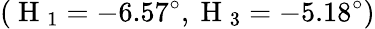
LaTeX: (\mathrm{~H~}_{1}=-6.57^{\circ},\mathrm{~H~}_{3}=-5.18^{\circ})